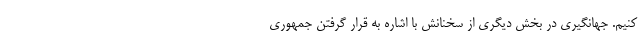
کنیم. جهانگیری در بخش دیگری از سخنانش با اشاره به قرار گرفتن جمهوری